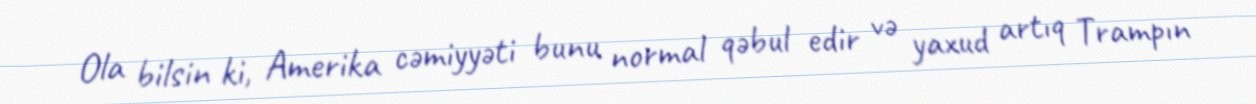
Ola bilsin ki, Amerika cəmiyyəti bunu normal qəbul edir və yaxud artıq Trampın